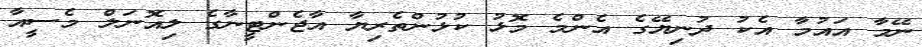
ނޭމާ އައުމާ އެކު ދުނިޔޭގެ އެންމެ މޮޅު ކުޅުންތެރިޔާ އާޖެންޓީނާގެ ލިއޮނަލް މެސީއާ